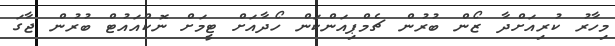
މިހާރު ކުރިއަށްދާ ޒޯން ބުރުން ޗެމްޕިއަންކަން ހޯދާއަށް ޓީމަށް ނޮކްއައުޓް ބުރުން ޖާގަ